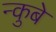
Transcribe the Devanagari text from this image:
न्कुबे